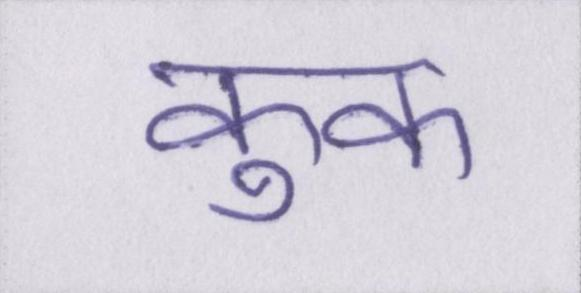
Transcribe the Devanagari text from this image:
कुक